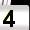
Digit: 4